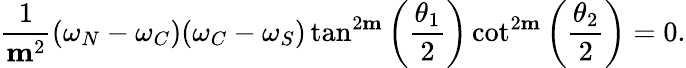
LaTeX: \frac{1}{\mathbf{m}^{2}}(\omega_{N}-\omega_{C})(\omega_{C}-\omega_{S})\tan^{2\mathbf{m}}\left(\frac{\theta_{1}}{2}\right)\cot^{2\mathbf{m}}\left(\frac{\theta_{2}}{2}\right)=0.